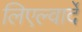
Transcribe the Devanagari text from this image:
लिएल्वार्दे